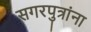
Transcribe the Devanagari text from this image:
सगरपुत्रांना